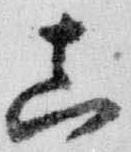
真